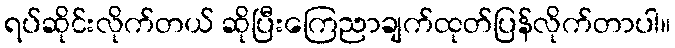
ရပ်ဆိုင်းလိုက်တယ် ဆိုပြီးကြေညာချက်ထုတ်ပြန်လိုက်တာပါ။